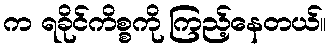
က ရခိုင်ကိစ္စကို ကြည့်နေတယ်။